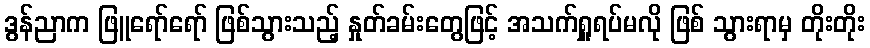
ဒွန်ညာက ဖြူရော်ရော် ဖြစ်သွားသည့် နှုတ်ခမ်းတွေဖြင့် အသက်ရှူရပ်မလို ဖြစ် သွားရာမှ တိုးတိုး